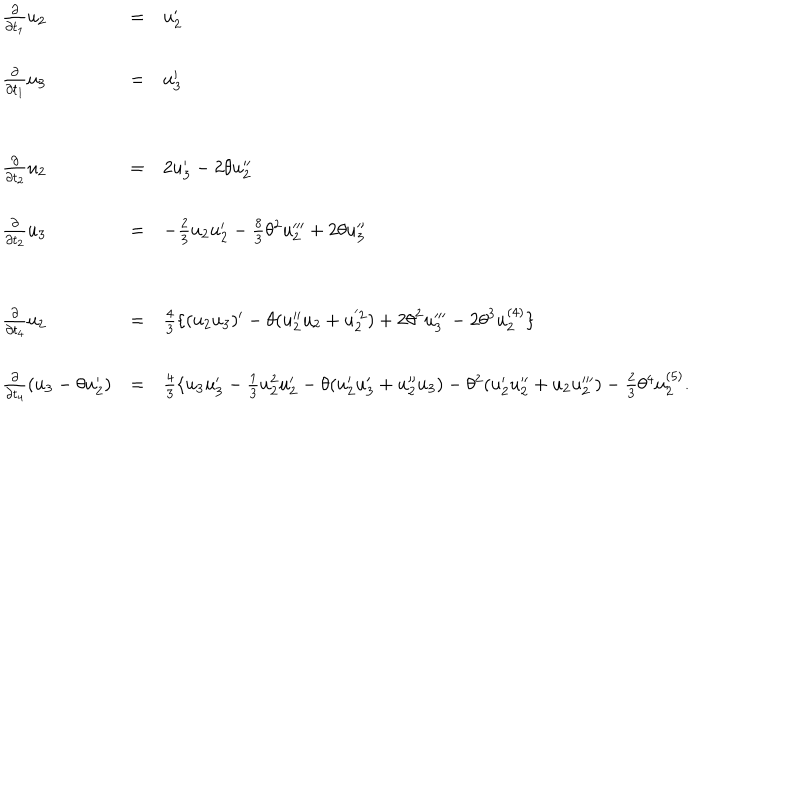
\begin{array} { l c l } { { \frac { \partial } { \partial t _ { 1 } } { u _ { 2 } } } } & { { = } } & { { { u _ { 2 } ^ { \prime } } } } \\ { { \frac { \partial } { \partial t _ { 1 } } { u _ { 3 } } } } & { { = } } & { { { u _ { 3 } ^ { \prime } } } } \\ { { \frac { \partial } { \partial t _ { 2 } } { u _ { 2 } } } } & { { = } } & { { 2 { u _ { 3 } ^ { \prime } } - 2 \theta u _ { 2 } ^ { \prime \prime } } } \\ { { \frac { \partial } { \partial t _ { 2 } } { u _ { 3 } } } } & { { = } } & { { - \frac { 2 } { 3 } u _ { 2 } u _ { 2 } ^ { \prime } - \frac { 8 } { 3 } \theta ^ { 2 } u _ { 2 } ^ { \prime \prime \prime } + 2 \theta u _ { 3 } ^ { \prime \prime } } } \\ { { \frac { \partial } { \partial t _ { 4 } } { u _ { 2 } } } } & { { = } } & { { \frac { 4 } { 3 } \{ ( u _ { 2 } u _ { 3 } ) ^ { \prime } - \theta ( u _ { 2 } ^ { \prime \prime } u _ { 2 } + u _ { 2 } ^ { ' 2 } ) + 2 { \theta } ^ { 2 } u _ { 3 } ^ { \prime \prime \prime } - 2 { \theta } ^ { 3 } u _ { 2 } ^ { ( 4 ) } \} } } \\ { { \frac { \partial } { \partial t _ { 4 } } { ( u _ { 3 } - \theta u _ { 2 } ^ { \prime } ) } } } & { { = } } & { { \frac { 4 } { 3 } \{ u _ { 3 } u _ { 3 } ^ { \prime } - \frac { 1 } { 3 } u _ { 2 } ^ { 2 } u _ { 2 } ^ { \prime } - \theta ( u _ { 2 } ^ { \prime } u _ { 3 } ^ { \prime } + u _ { 2 } ^ { \prime \prime } u _ { 3 } ) - \theta ^ { 2 } ( u _ { 2 } ^ { \prime } u _ { 2 } ^ { \prime \prime } + u _ { 2 } u _ { 2 } ^ { \prime \prime \prime } ) - \frac { 2 } { 3 } \theta ^ { 4 } u _ { 2 } ^ { ( 5 ) } . } } \\ \end{array}